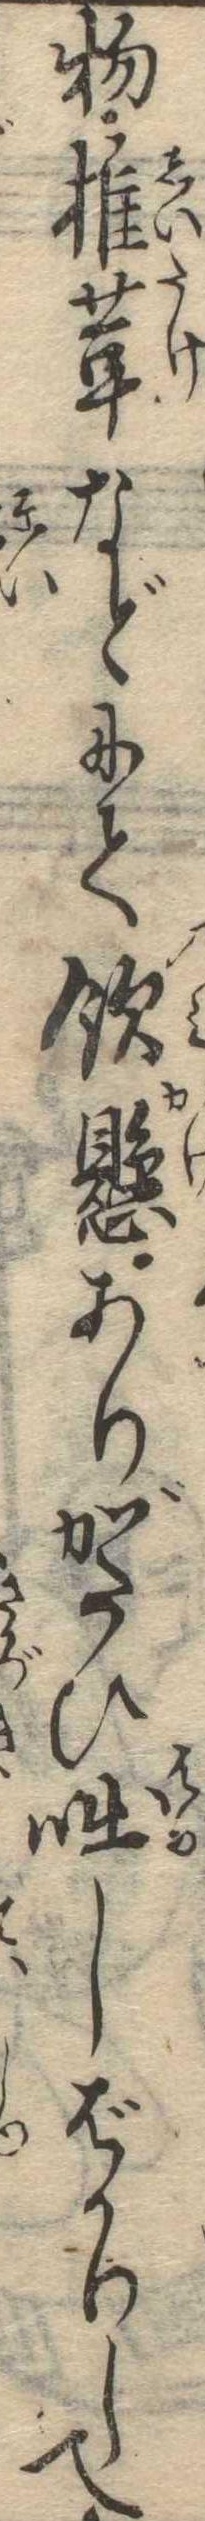
物椎茸などにて飲懸ありがたひ咄しばかりして